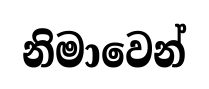
නිමාවෙන්